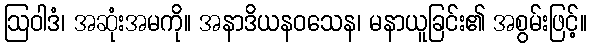
ဩဝါဒံ၊ အဆုံးအမကို။ အနာဒိယနဝသေန၊ မနာယူခြင်း၏ အစွမ်းဖြင့်။